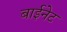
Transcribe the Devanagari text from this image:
बाईनेट